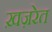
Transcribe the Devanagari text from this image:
ख़ज़रेत